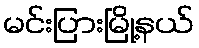
မင်းပြားမြို့နယ်